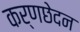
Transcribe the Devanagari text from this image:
कर्णछेदन